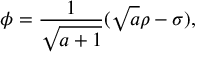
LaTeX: \phi = { \frac { 1 } { \sqrt { a + 1 } } } ( \sqrt { a } \rho - \sigma ) ,